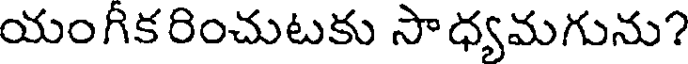
యంగికరించుటకు సాధ్యమగును?